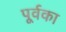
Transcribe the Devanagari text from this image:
पूर्वका